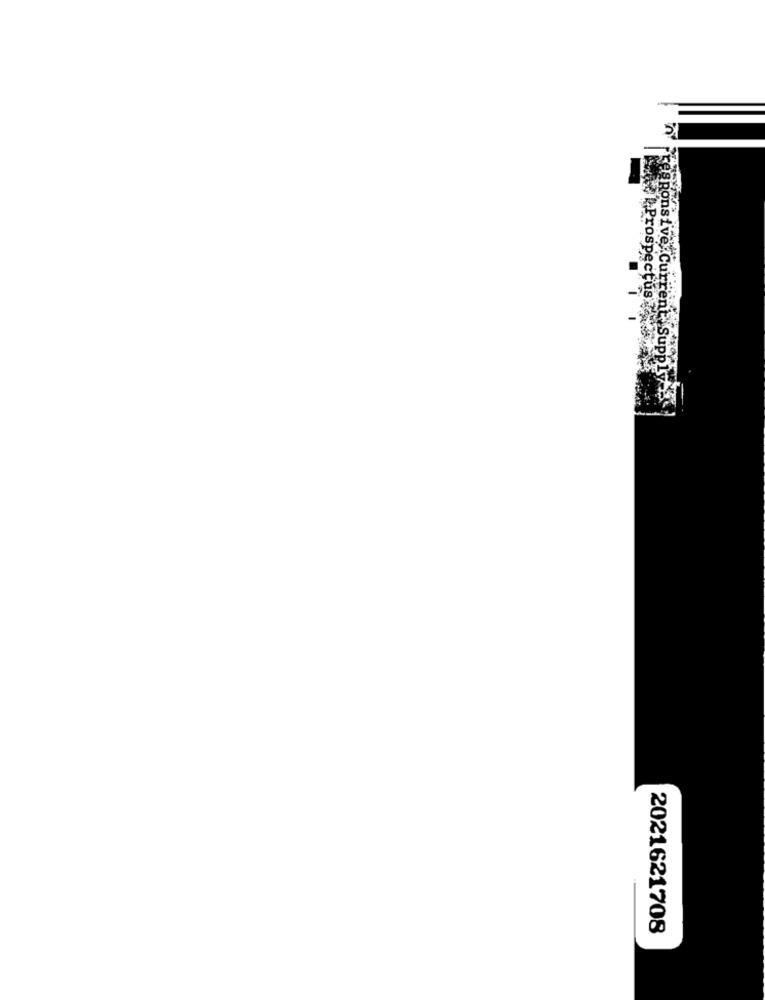
Prospectus
responsive Current Supply
2021621708